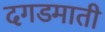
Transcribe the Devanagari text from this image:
दगडमाती